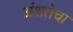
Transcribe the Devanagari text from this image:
अंशतेचा